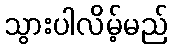
သွားပါလိမ့်မည်